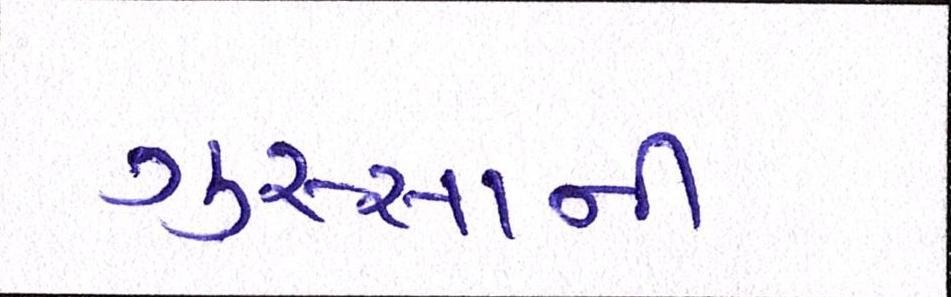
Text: ગુસ્સાની